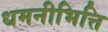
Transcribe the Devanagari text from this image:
धमनीभित्ति